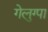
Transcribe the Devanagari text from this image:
गेलुग्पा